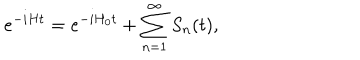
e ^ { - i H t } = e ^ { - i H _ { 0 } t } + \sum _ { n = 1 } ^ { \infty } S _ { n } ( t ) ,